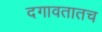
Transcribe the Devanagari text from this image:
दगावतातच